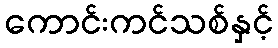
ကောင်းကင်သစ်နှင့်